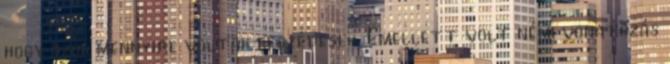
hogy azok mennyire voltak beszédesek. Emellett volt némi vonatozás